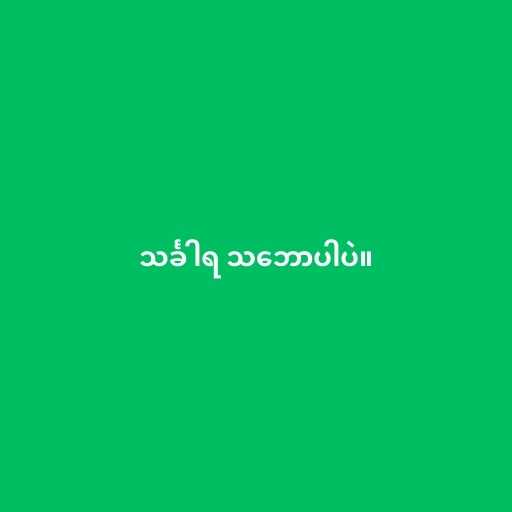
သင်္ခါရ သ‌ဘောပါပဲ။